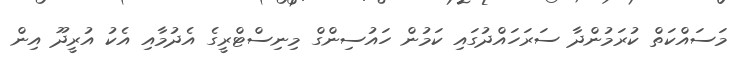
މަސައްކަތް ކުރަމުންދާ ސަރަހައްދުގައި ކަމުން ހައުސިންގް މިނިސްޓްރީގެ އެދުމާއި އެކު އުރީދޫ އިން